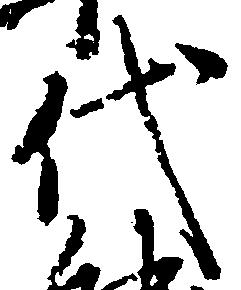
代